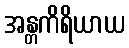
အန္တကိရိယာယ